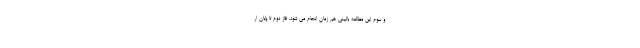
و سوم این مطالعه بالینی هم زمان انجام می شود. فاز دوم تا پایان ار